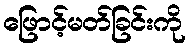
ဖြောင့်မတ်ခြင်းကို